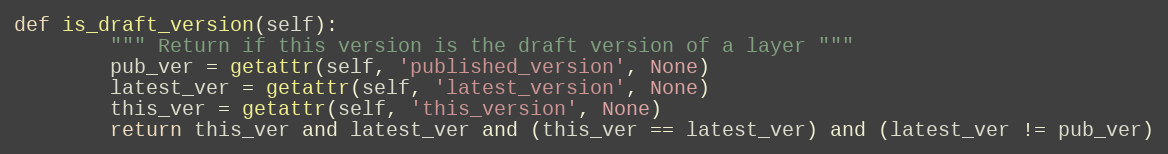
Language: Python
def is_draft_version(self):
        """ Return if this version is the draft version of a layer """
        pub_ver = getattr(self, 'published_version', None)
        latest_ver = getattr(self, 'latest_version', None)
        this_ver = getattr(self, 'this_version', None)
        return this_ver and latest_ver and (this_ver == latest_ver) and (latest_ver != pub_ver)